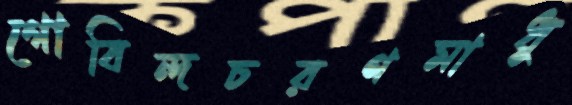
গোবিন্দচরণমাধু